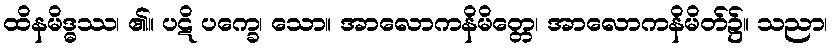
ထိနမိဒ္ဓဿ၊ ၏။ ပဋိ ပက္ခေ၊ သော။ အာလောကနိမိတ္တေ၊ အာလောကနိမိတ်၌။ သညာ၊